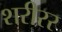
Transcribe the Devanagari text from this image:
शरीरर